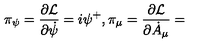
\pi _ { \psi } = \frac { \partial \mathcal { L } } { \partial \dot { \psi } } = i \psi ^ { + } , \pi _ { \mu } = \frac { \partial \mathcal { L } } { \partial \dot { A } _ { \mu } } =